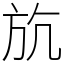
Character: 斻